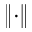
\left\lVert \cdot \right\rVert